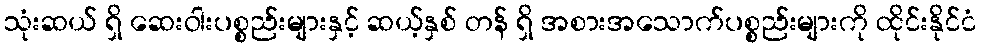
သုံးဆယ် ရှိ ဆေးဝါးပစ္စည်းများနှင့် ဆယ့်နှစ် တန် ရှိ အစားအသောက်ပစ္စည်းများကို ထိုင်းနိုင်ငံ